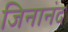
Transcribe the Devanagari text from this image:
जिनानंद